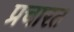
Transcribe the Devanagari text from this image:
प्रचारत